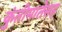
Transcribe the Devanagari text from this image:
कुंतीमातेसह